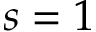
s = 1